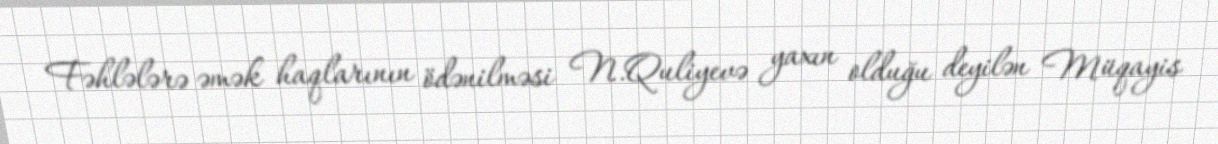
Fəhlələrə əmək haqlarının ödənilməsi N.Quliyevə yaxın olduğu deyilən Müqayis